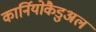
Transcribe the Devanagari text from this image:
कार्नियोकैडुअल